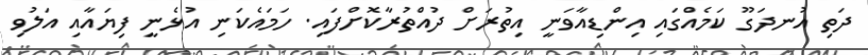
ދަތި އުނދަގޫ ކަމެއްގައި އިންޑިއާވަނީ އިތުރަށް ދުއްތުރާކޮށްފައި. ހަމައެކަނި އުޅެނީ ފިޔައާއި އަލުވި